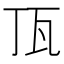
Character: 㼗